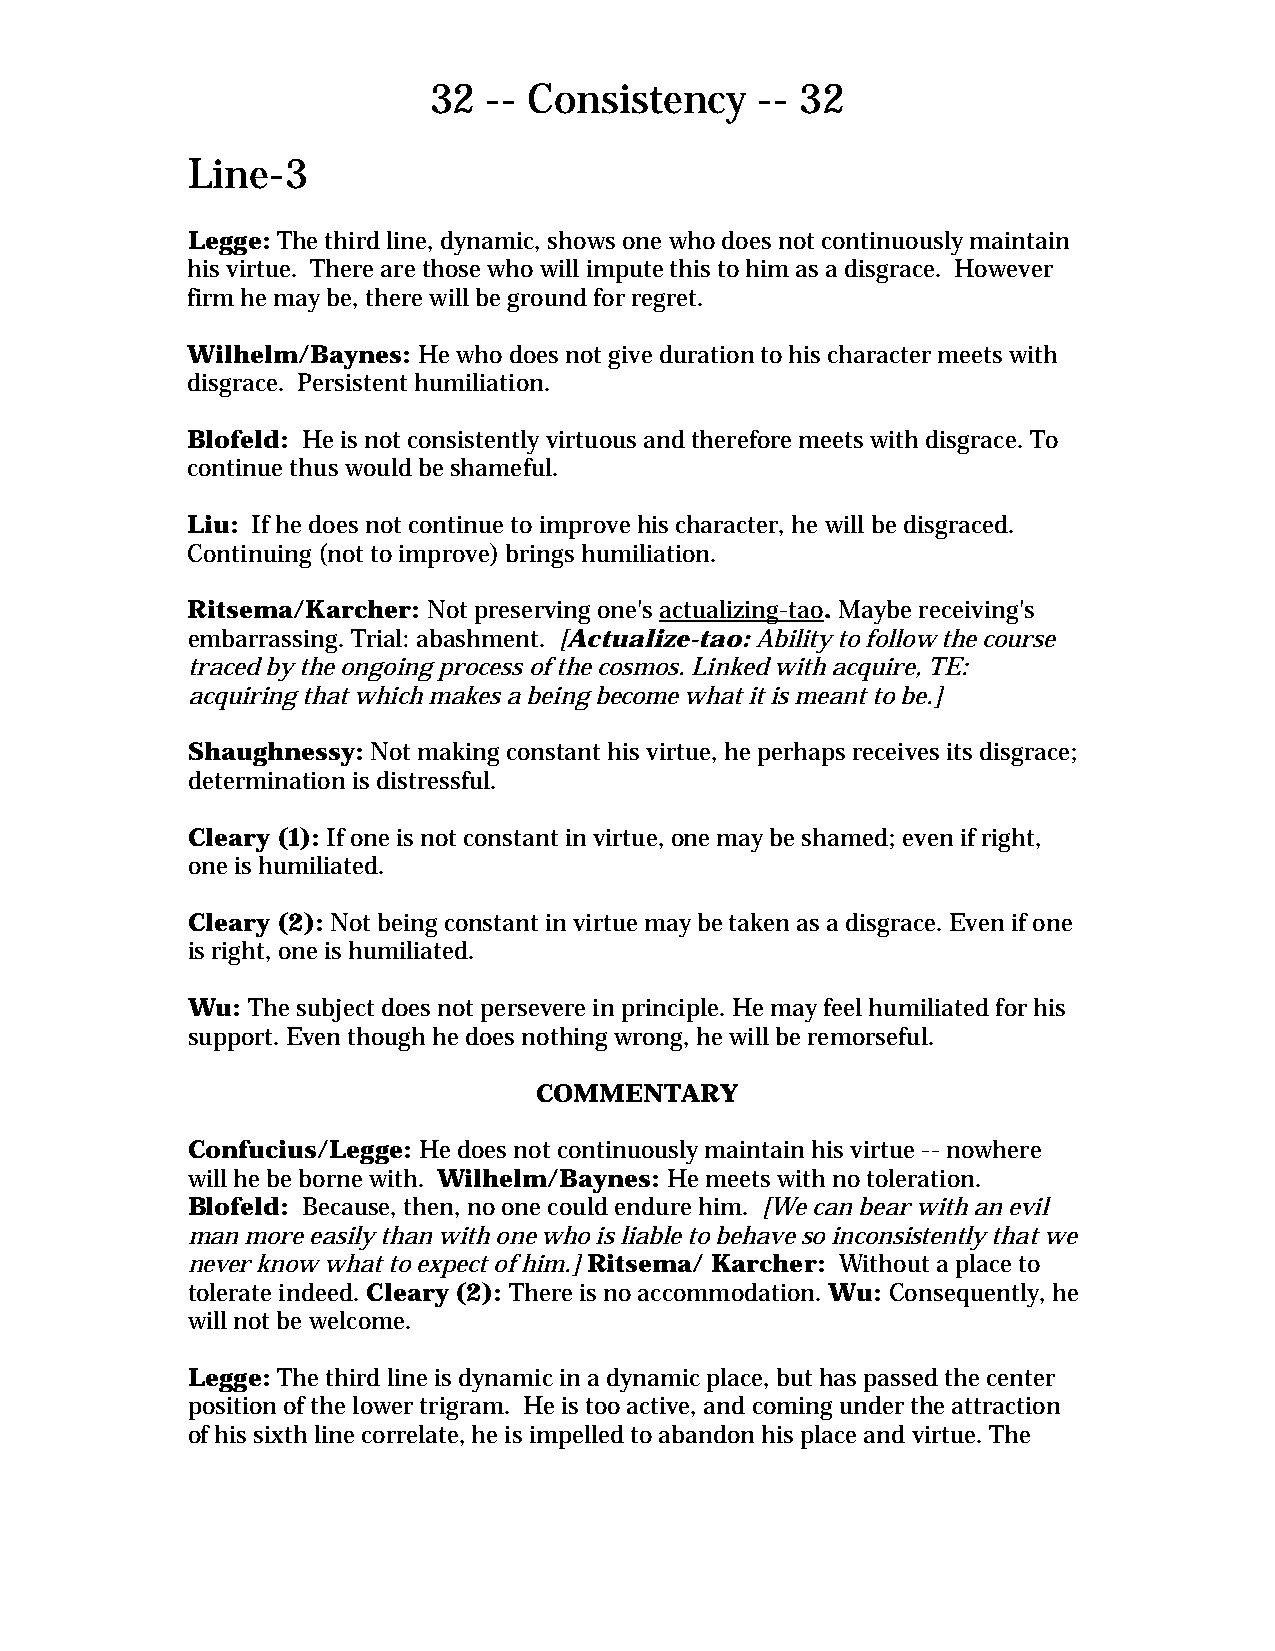
32  -- Consistency    -- 32
 Line-3
 Legge: The third line, dynamic, shows one who does not continuously maintain
 his virtue. There are those who will impute this to him as a disgrace. However
 firm he may be, there will be ground for regret.
 Wilhelm/Baynes: He who does not give duration to his character meets with
 disgrace. Persistent humiliation.
 Blofeld: He is not consistently virtuous and therefore meets with disgrace. To
 continue thus would be shameful.
 Liu: If he does not continue to improve his character, he will be disgraced.
 Continuing (not to improve) brings humiliation.
 Ritsema/Karcher: Not preserving one's actualizing-tao. Maybe receiving's
 embarrassing. Trial: abashment. [Actualize-tao: Ability to follow the course
 traced by the ongoing process of the cosmos. Linked with acquire, TE:
 acquiring that which makes a being become what it is meant to be.]
 Shaughnessy: Not making constant his virtue, he perhaps receives its disgrace;
 determination is distressful.
 Cleary (1): If one is not constant in virtue, one may be shamed; even if right,
 one is humiliated.
 Cleary (2): Not being constant in virtue may be taken as a disgrace. Even if one
 is right, one is humiliated.
 Wu: The subject does not persevere in principle. He may feel humiliated for his
 support. Even though he does nothing wrong, he will be remorseful.
 COMMENTARY
 Confucius/Legge: He does not continuously maintain his virtue -- nowhere
 will he be borne with. Wilhelm/Baynes: He meets with no toleration.
 Blofeld: Because, then, no one could endure him. [We can bear with an evil
 man more easily than with one who is liable to behave so inconsistently that we
 never know what to expect of him.] Ritsema/ Karcher: Without a place to
 tolerate indeed. Cleary (2): There is no accommodation. Wu: Consequently, he
 will not be welcome.
 Legge: The third line is dynamic in a dynamic place, but has passed the center
 position of the lower trigram. He is too active, and coming under the attraction
 of his sixth line correlate, he is impelled to abandon his place and virtue. The